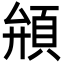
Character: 䪻